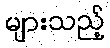
များသည့်